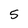
Character: 5